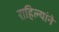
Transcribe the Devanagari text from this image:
राहिल्यांने